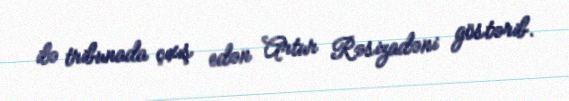
ilə tribunada çıxış edən Artur Rəsizadəni göstərib.